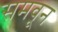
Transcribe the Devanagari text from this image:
समवून